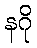
နဂို